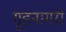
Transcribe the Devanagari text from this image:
गृहनागरी